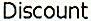
DISCOUNT